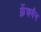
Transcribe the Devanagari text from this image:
फ्रेंचमैन